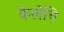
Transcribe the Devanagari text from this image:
केलेचि